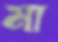
মা